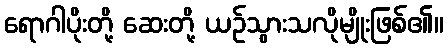
ရောဂါပိုးတို့ ဆေးတို့ ယဉ်သွားသလိုမျိုးဖြစ်၏။